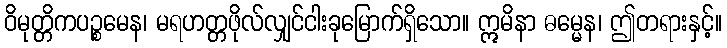
ဝိမုတ္တိကပဉ္စမေန၊ မရဟတ္တဖိုလ်လျှင်ငါးခုမြောက်ရှိသော။ ဣမိနာ ဓမ္မေန၊ ဤတရားနှင့်။